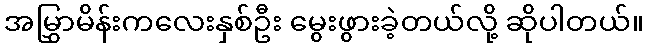
အမြွှာမိန်းကလေးနှစ်ဦး မွေးဖွားခဲ့တယ်လို့ ဆိုပါတယ်။